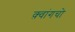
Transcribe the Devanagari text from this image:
क़्वांगचो